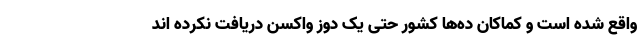
واقع شده است و کماکان ده‌ها کشور حتی یک دوز واکسن دریافت نکرده اند